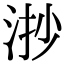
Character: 𣴷